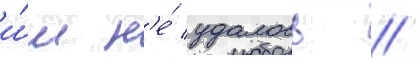
и́м н'е́ удалось //